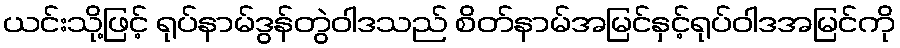
ယင်းသို့ဖြင့် ရုပ်နာမ်ဒွန်တွဲဝါဒသည် စိတ်နာမ်အမြင်နှင့်ရုပ်ဝါဒအမြင်ကို